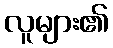
လူများ၏